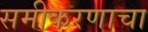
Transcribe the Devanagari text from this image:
समीकरणाचा